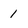
Character: 1